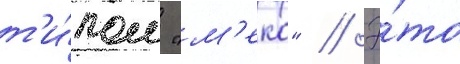
т'и́пом "м'еко" // Э́то